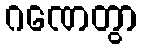
ဂဏေတွာ